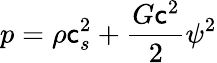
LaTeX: p=\rho\mathsf{c}_{s}^{2}+\frac{{{G{\mathsf{c}^{2}}}}}{{2}}{\psi^{2}}